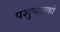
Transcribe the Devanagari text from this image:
पशुपालको